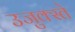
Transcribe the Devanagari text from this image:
उजुक्स्ते